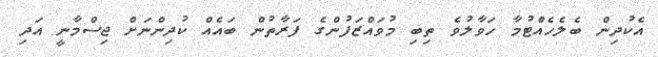
އެކުދިން ބެލެހެއްޓުމާ ހަވާލުވެ ތިބި މުވައްޒަފުންގެ ފަރާތުން ބައެއް ކުދިންނަށް ޖިސްމާނީ އަދި